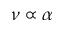
\nu \propto \alpha